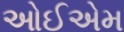
ઓઈએમ